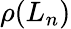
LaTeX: \rho(L_{n})